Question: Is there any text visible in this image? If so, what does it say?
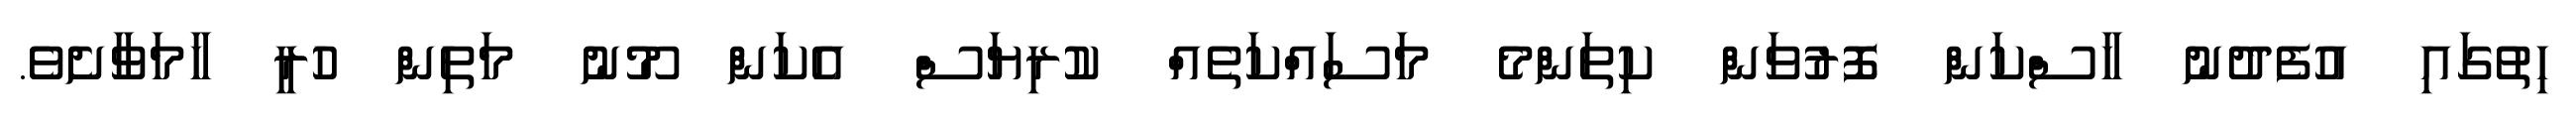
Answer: ހިތުގައި އުފެދުނު ހާސްކަން ފޮރުވަން ކިތަންމެ މަސައްކަތެއް ކުރިޔަސް އެކަން މޫނު މަތިން ހުރީ ހާމަވާށެވެ.